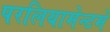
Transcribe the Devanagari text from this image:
परलियामेन्टमे